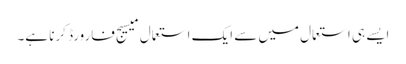
ایسے ہی استعمال میں سے ایک استعمال میسیج فارورڈ کرنا ہے۔